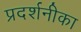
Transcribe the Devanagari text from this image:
प्रदर्शनीका